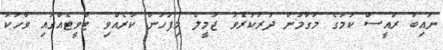
ނައިބު ރައީސް ކަމުގެ މަގާމުން ދުރުކުރެވު ޖަމީލް މިފަހުން ކުރެއްވި ޓްވީޓެއްގައި ވާހަކަ